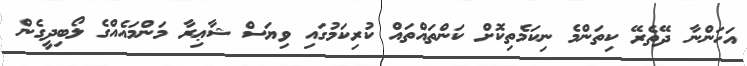
އަހަންނާ ދޭތެރޭ ކިތަންމެ ނިކަމެތިކޮށް ކަންތައްތައް ކުރިކަމުގައި ވިޔަސް ޝާޢިރާ މަންމައެއްގެ ލޯބިދީގެން